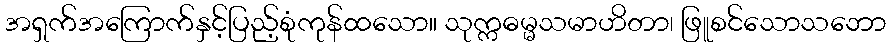
အရှက်အကြောက်နှင့်ပြည့်စုံကုန်ထသော။ သုက္ကဓမ္မသမာဟိတာ၊ ဖြူစင်သောသဘော